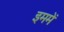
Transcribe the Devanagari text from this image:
इममें